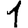
Digit: 1